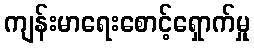
ကျန်းမာရေးစောင့်ရှောက်မှု